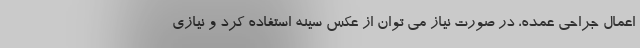
اعمال جراحی عمده، در صورت نیاز می توان از عکس سینه استفاده کرد و نیازی